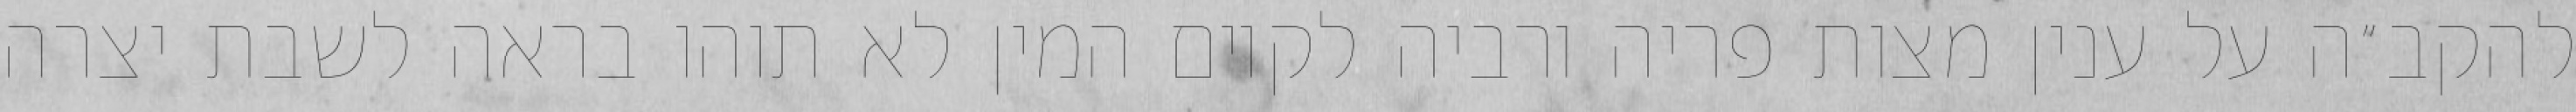
להקב״ה על ענין מצות פריה ורביה לקיום המין לא תוהו בראה לשבת יצרה